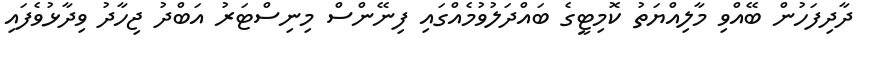
ދާދިފަހުން ބޭއްވި މާލިއްޔަތު ކޮމިޓީގެ ބައްދަލުވުމެއްގައި ފިނޭންސް މިނިސްޓަރު އަބްދު ޖިހާދު ވިދާޅުވެފައި